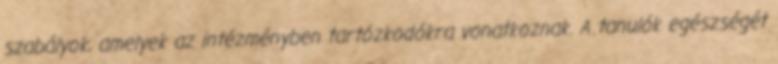
szabályok, amelyek az intézményben tartózkodókra vonatkoznak. A tanulók egészségét